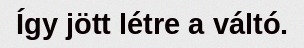
Így jött létre a váltó.